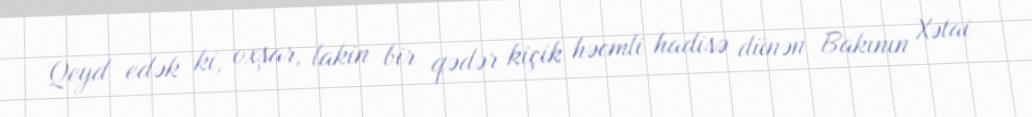
Qeyd edək ki, oxşar, lakin bir qədər kiçik həcmli hadisə dünən Bakının Xətai